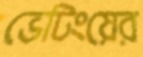
ভেটিংয়ের